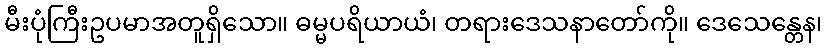
မီးပုံကြီးဥပမာအတူရှိသော။ ဓမ္မပရိယာယံ၊ တရားဒေသနာတော်ကို။ ဒေသေန္တေန၊